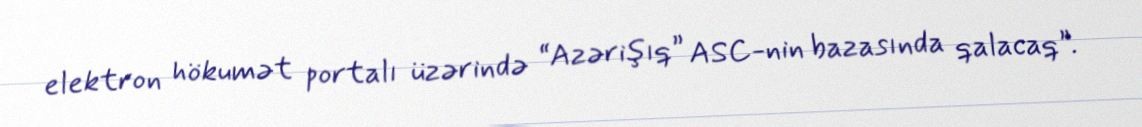
elektron hökumət portalı üzərində “Azərişıq” ASC-nin bazasında qalacaq”.